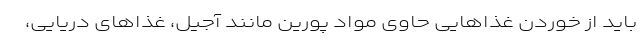
باید از خوردن غذا‌هایی حاوی مواد پورین مانند آجیل، غذا‌های دریایی،